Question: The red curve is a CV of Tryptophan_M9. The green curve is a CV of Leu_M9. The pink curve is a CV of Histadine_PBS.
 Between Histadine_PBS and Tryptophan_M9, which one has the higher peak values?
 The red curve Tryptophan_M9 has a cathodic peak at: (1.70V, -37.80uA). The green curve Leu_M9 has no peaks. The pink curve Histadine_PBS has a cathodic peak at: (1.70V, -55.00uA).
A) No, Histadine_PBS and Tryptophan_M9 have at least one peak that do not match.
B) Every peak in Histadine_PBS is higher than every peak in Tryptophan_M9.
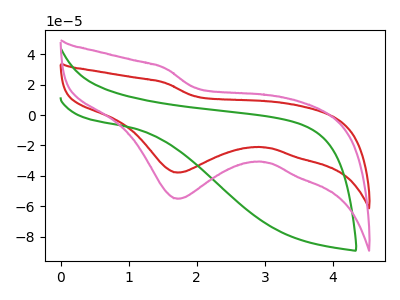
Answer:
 <answer>B) Every peak in "Histadine_PBS" is higher than every peak in "Tryptophan_M9".</answer>
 <eval>B</eval>